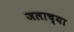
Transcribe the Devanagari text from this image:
जलाच्या